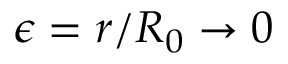
\epsilon = r / R _ { 0 } \rightarrow 0